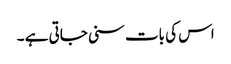
اس کی بات سنی جاتی ہے ۔